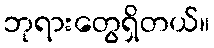
ဘုရားတွေရှိတယ်။